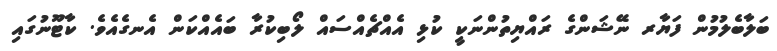
ބަލާބެލުމުން ފަޔާރ ނޭޝަންގެ ރައްޔިތުންނަކީ ކުޅި އެއްޗެއްސައް ލޯބިކުރާ ބައެއްކަން އެނގެއެވެ. ކާޓޫނުގައި